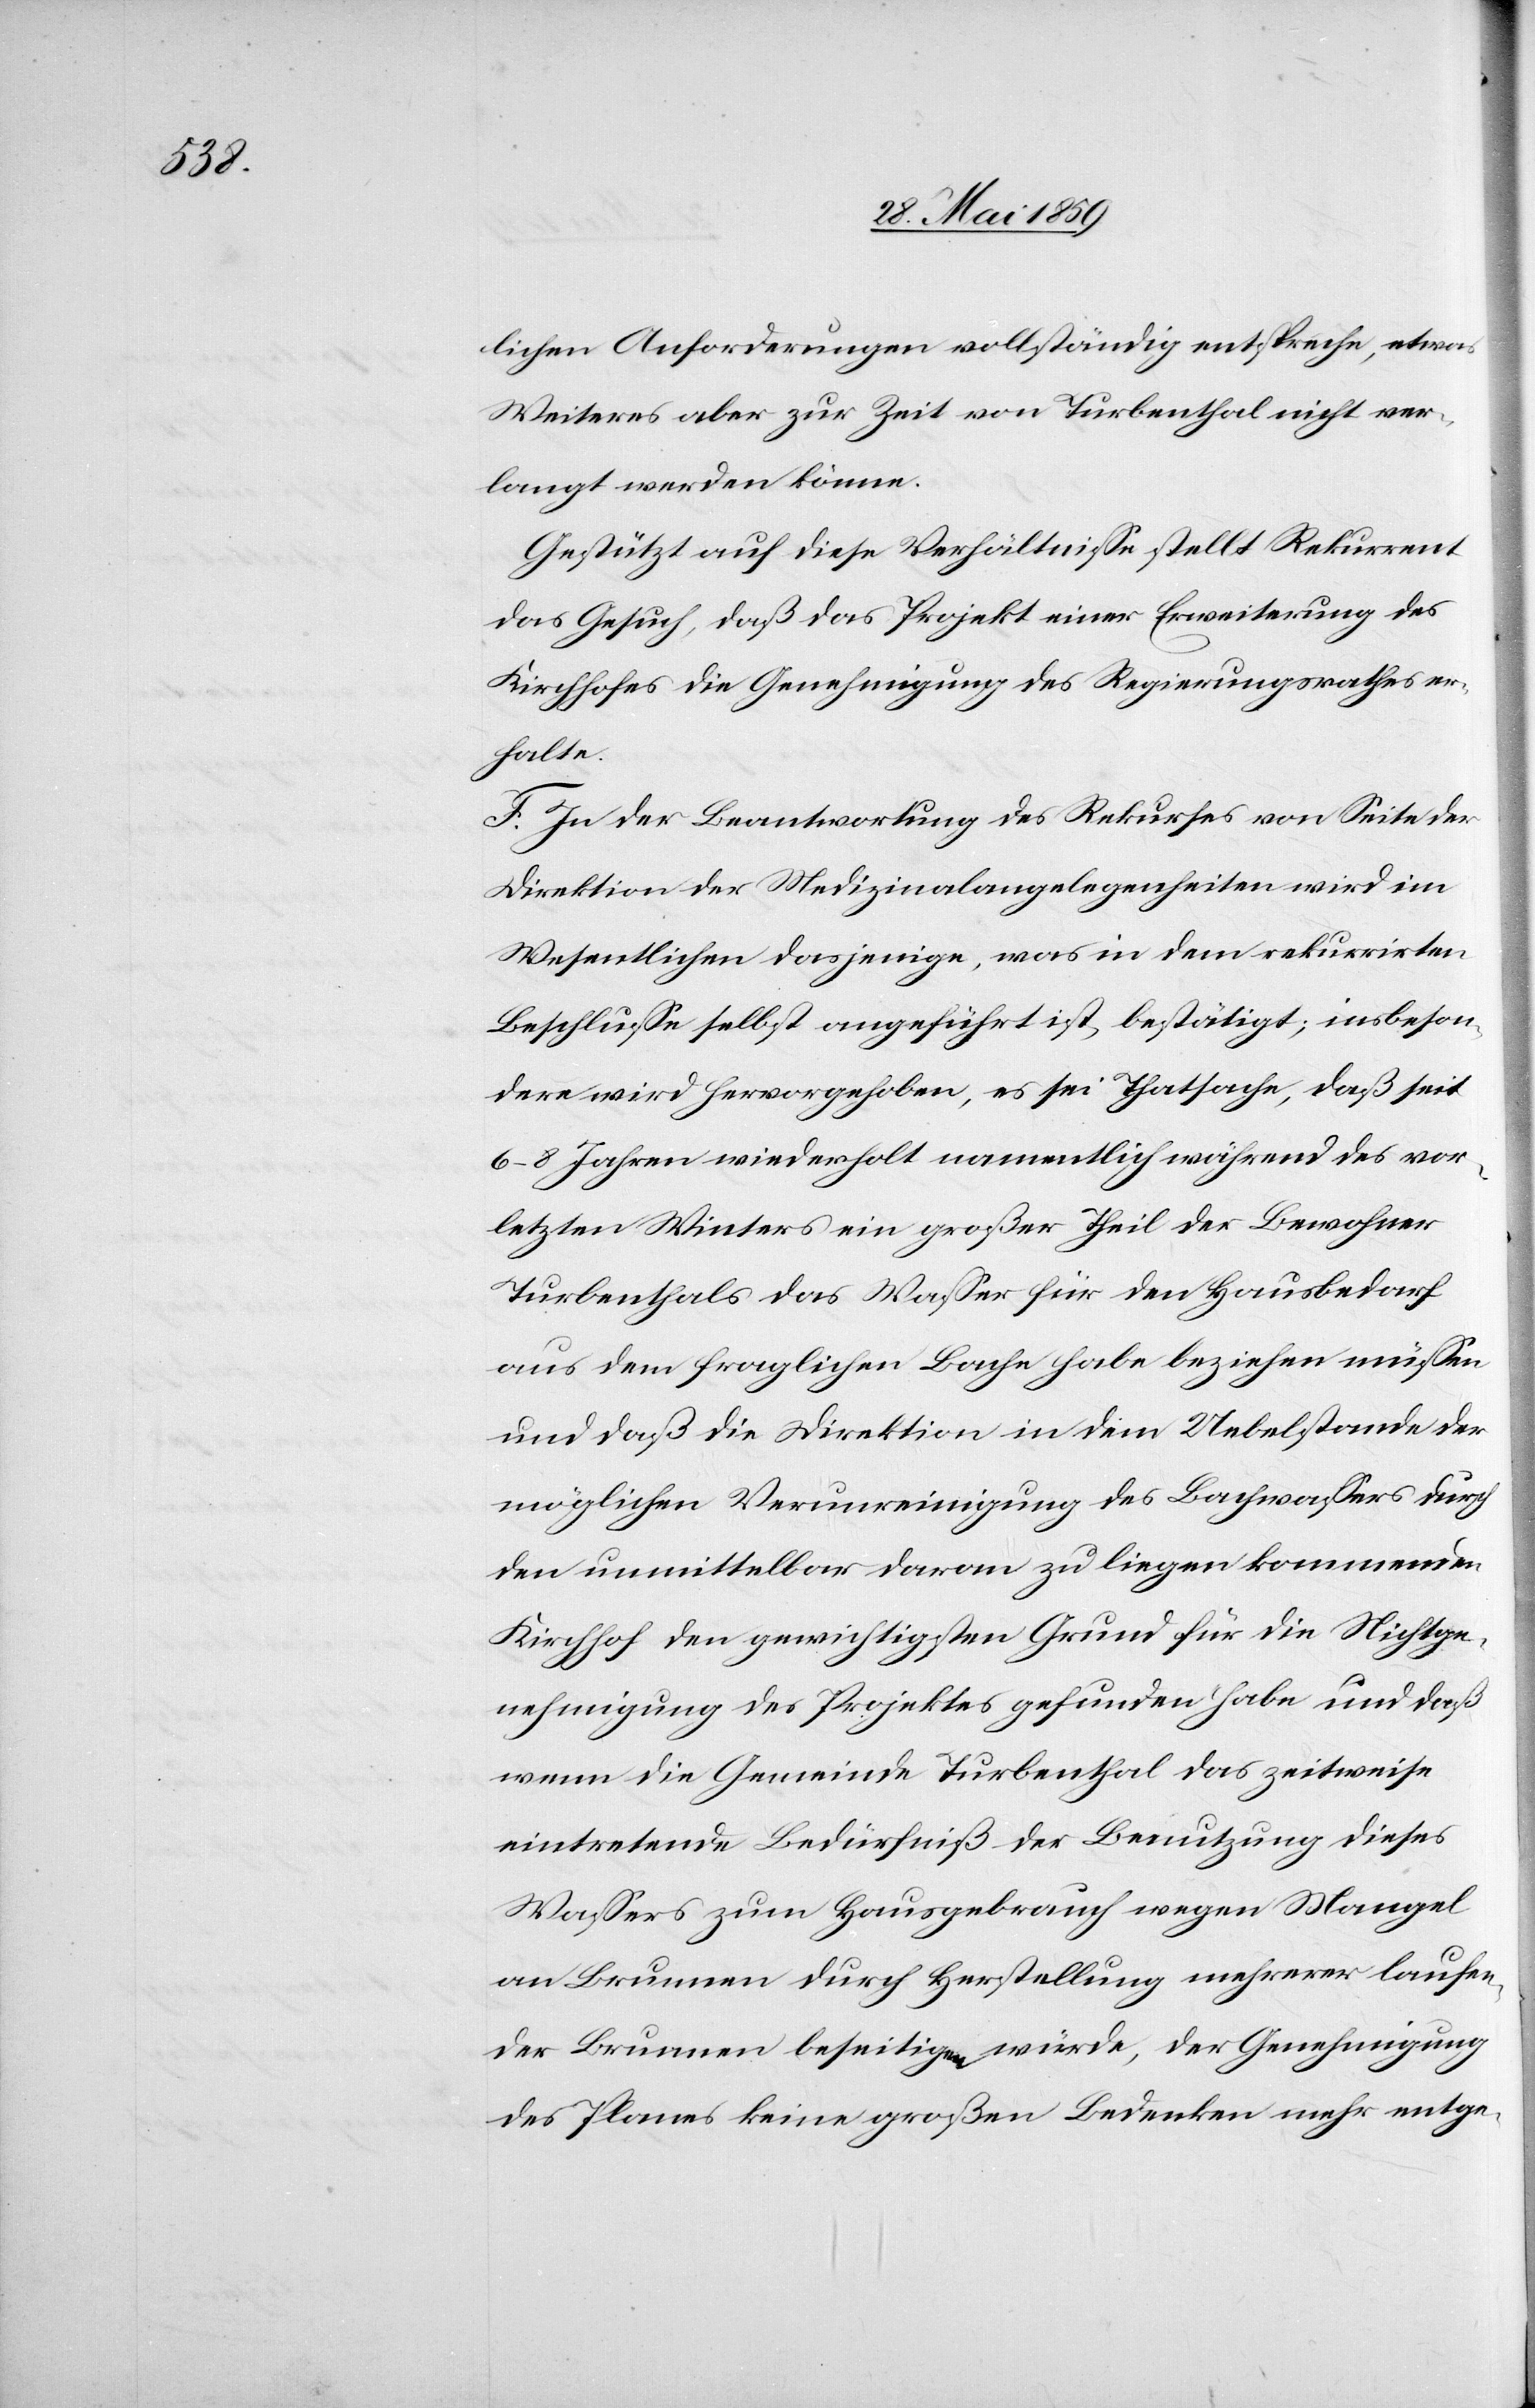
lichen Anforderungen vollständig entspreche, etwas
Weiteres aber zur Zeit von Turbenthal nicht ver¬
langt werden könne.
Gestützt auf diese Verhältnisse stellt Rekurrent
das Gesuch, daß das Projekt einer Erweiterung des
Kirchhofes die Genehmigung des Regierungsrathes er¬
halte.
F. In der Beantwortung des Rekurses von Seite der
Direktion der Medizinalangelegenheiten wird im
Wesentlichen derjenige, was in dem rekurrirten
Beschlusse selbst angeführt ist, bestätigt; insbeson¬
dere wird hervorgehoben, es sei Thatsache, daß seit
6–8 Jahren wiederholt namentlich während des vor¬
letzten Winters ein großer Theil der Bewohner
Turbenthal das Wasser für den Hausbedarf
aus dem fraglichen Bache habe beziehen müssen
und daß die Direktion in dem Uebelstande der
möglichen Verunreinigung des Bachwassers durch
den unmittelbar daran zu liegen kommenden
Kirchhof den gewichtigsten Grund für die Nichtge¬
nehmigung des Projektes gefunden habe und daß
wenn die Gemeinde Turbenthal das zeitweise
eintretende Bedürfniß der Benutzung dieses
Wassers zum Hausgebrauch wegen Mangel
an Brunnen durch Herstellung mehrerer laufen¬
der Brunnen beseitigen würde, der Genehmigung
des Planes keine großen Bedenken mehr entge-